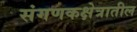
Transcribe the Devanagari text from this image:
संगणकक्षेत्रातील